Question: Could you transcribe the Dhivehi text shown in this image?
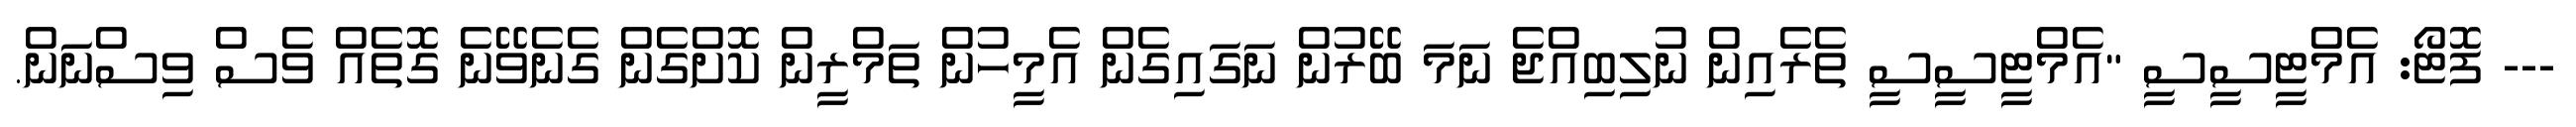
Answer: --- ފޮޓޯ: އެމްޓީސީސީ "އެމްޓީސީސީ ތެރެއިން ނުލިބިއްޖެ ނަމަ ބޭރުން ނަގައިގެން އެމީހުން ތަމްރީން ކޮށްގެން ގެނެވޭނެ ގޮތެއް ވެސް ވިސްނަން.